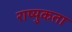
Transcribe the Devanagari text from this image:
राष्युकता